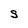
Character: S